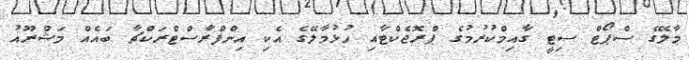
މާލޭގެ ސްޕޯޓް ސިޓީ ގާއިމްކުރުމުގެ ޕްރޮޖެކްޓާއި ހުޅުމާލޭގެ އެކި އިންފްރާސްޓްރަކްޗާ ބައެއް މަޝްރޫއު